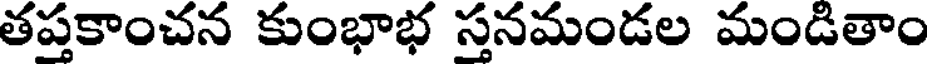
తప్తకాంచన కుంభాభ స్తనమండల మండితాం